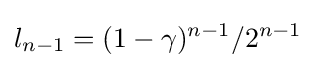
l_{n-1}=(1-\gamma )^{n-1}/2^{n-1}